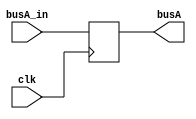
module A(clk, busA_in, busA);
    input clk;
    input [31:0] busA_in;
    output reg [31:0]busA;
  
    always @(posedge clk) 
    	busA = busA_in;
		 
endmodule